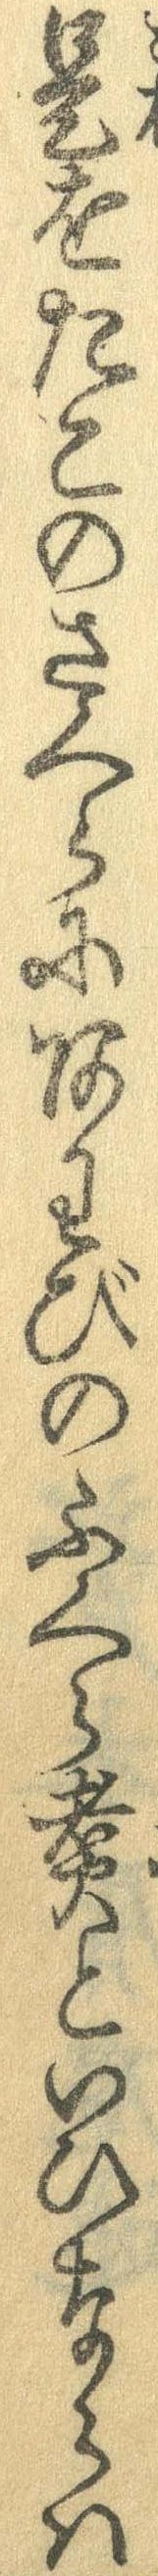
是をたこのさくらにあわびのふくら煮といひならは